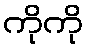
ကိုကို